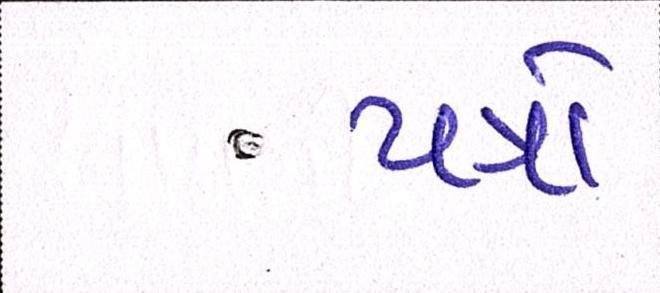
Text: પત્રો